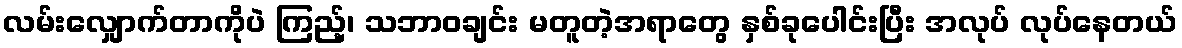
လမ်းလျှောက်တာကိုပဲ ကြည့်၊ သဘာဝချင်း မတူတဲ့အရာတွေ နှစ်ခုပေါင်းပြီး အလုပ် လုပ်နေတယ်